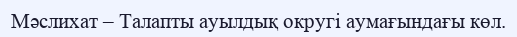
Мәслихат – Талапты ауылдық округі аумағындағы көл.